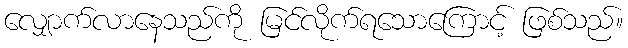
လျှောက်လာနေသည်ကို မြင်လိုက်ရသောကြောင့် ဖြစ်သည်။